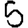
Digit: 5